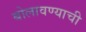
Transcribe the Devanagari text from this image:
बोलावण्याची